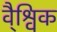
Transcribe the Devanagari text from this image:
वै्श्विक